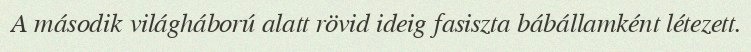
A második világháború alatt rövid ideig fasiszta bábállamként létezett.